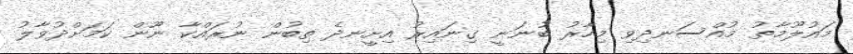
މައުލޫމާތު މުއްސަނދިވި މިހާރު ބުނަނީ ގިނައިރު އިށީނދެ ތިބުން ނުރައްކާ ނޫން ކަމަށްދުވާލު